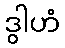
ဒွါဟံ